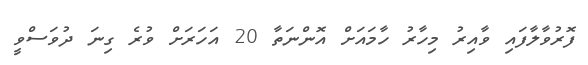
ފޮރުވާލާފައި ވާއިރު މިހާރު ހާމައަށް އޮންނަތާ 20 އަހަރަށް ވުރެ ގިނަ ދުވަސްވީ